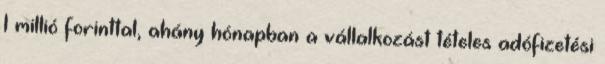
1 millió forinttal, ahány hónapban a vállalkozást tételes adófizetési